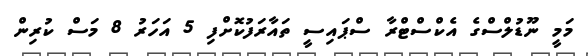
މަމީ ނޫޑުލްސްގެ އެކްސްޓްރާ ސްޕައިސީ ތައާރަފުކޮށްފި 5 އަހަރު 8 މަސް ކުރިން